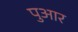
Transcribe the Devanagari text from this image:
पुआर